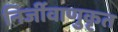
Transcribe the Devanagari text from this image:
निर्जीवाणुकृत